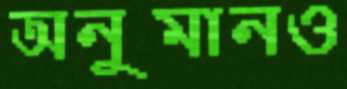
অনুমানও